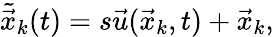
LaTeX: \tilde{\vec{x}}_{k}(t)=s\vec{u}(\vec{x}_{k},t)+\vec{x}_{k},